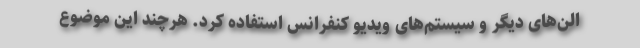
الن‌های دیگر و سیستم‌های ویدیو کنفرانس استفاده کرد. هرچند این موضوع